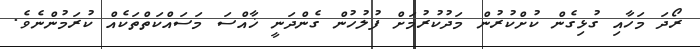
ރޯދަ މަހާއި ގުޅިގެން ކުށްކުރުން މަދުކުރުމަށް ފުލުހުން ގެންދަނީ ޚާއްސަ މަސައްކަތްތަކެއް ކުރަމުންނެވެ.